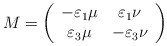
\begin{align*}M=\left( \begin{array}{cc}-\varepsilon_1\mu &\varepsilon_1\nu\\\varepsilon_3\mu&-\varepsilon_{3}\nu\end{array}\right) \end{align*}